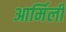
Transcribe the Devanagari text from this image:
आर्मिली